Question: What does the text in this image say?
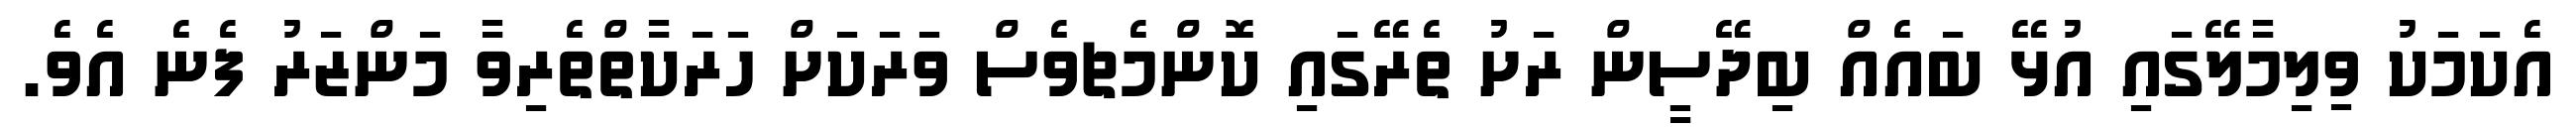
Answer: އެކަމަކު ވިލިމާލޭގައި އުޅޭ ބައެއް ބިދޭސީން ރަށު ތެރޭގައި ކޮންމެޗވެސް ވަރަކަށް ހަރަކާތްތެރިވާ މަންޒަރު ފެނެ އެވެ.